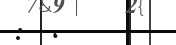
: